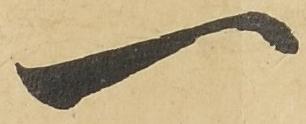
一